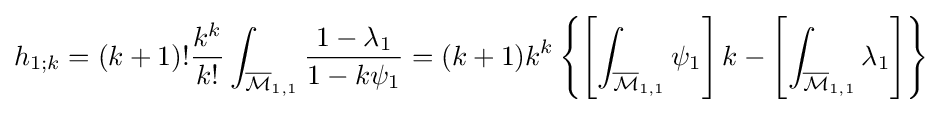
h_{1;k}=(k+1)!{\frac {k^{k}}{k!}}\int _{{\overline {\mathcal {M}}}_{1,1}}{\frac {1-\lambda _{1}}{1-k\psi _{1}}}=(k+1)k^{k}\left\{\left[\int _{{\overline {\mathcal {M}}}_{1,1}}\psi _{1}\right]k-\left[\int _{{\overline {\mathcal {M}}}_{1,1}}\lambda _{1}\right]\right\}